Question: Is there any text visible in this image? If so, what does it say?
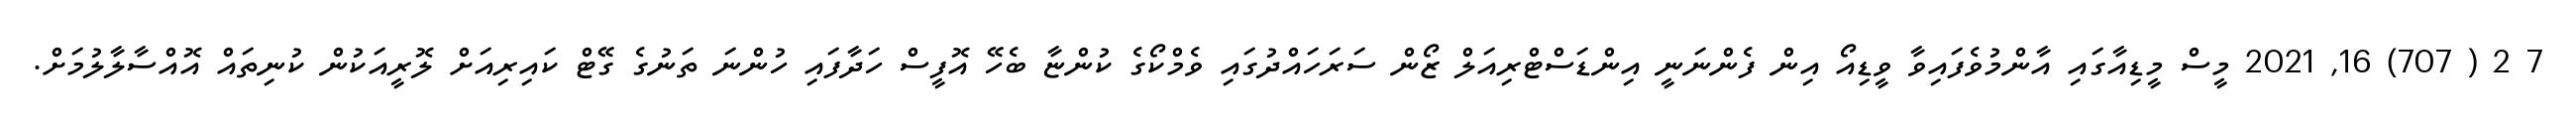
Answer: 7 2 ( 707) 16, 2021 މީސް މީޑިއާގައި އާންމުވެފައިވާ ވީޑިއޯ އިން ފެންނަނީ އިންޑަސްޓްރިއަލް ޒޯން ސަރަހައްދުގައި ވެމްކޯގެ ކުންޏާ ބެހޭ އޮފީސް ހަދާފައި ހުންނަ ތަނުގެ ގޭޓް ކައިރިއަށް ލޮރީއަކުން ކުނިތައް އޮއްސާލާލުމަށް.